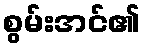
စွမ်းအင်၏